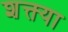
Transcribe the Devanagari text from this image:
शक्त्या